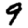
Digit: 9